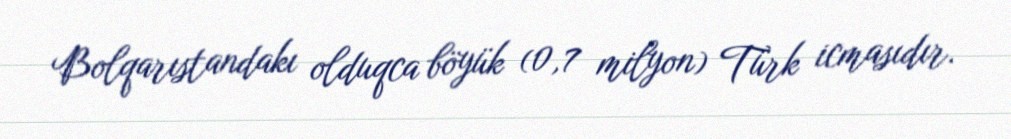
Bolqarıstandakı olduqca böyük (0,7 milyon) Türk icmasıdır.